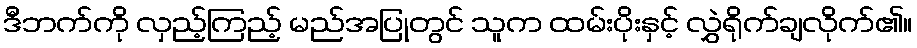
ဒီဘက်ကို လှည့်ကြည့် မည်အပြုတွင် သူက ထမ်းပိုးနှင့် လွှဲရိုက်ချလိုက်၏။